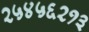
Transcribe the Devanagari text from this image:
२५४५६२१३